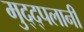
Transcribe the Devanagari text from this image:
मुद्द्पलानी